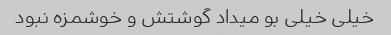
خیلی خیلی بو میداد گوشتش و خوشمزه نبود